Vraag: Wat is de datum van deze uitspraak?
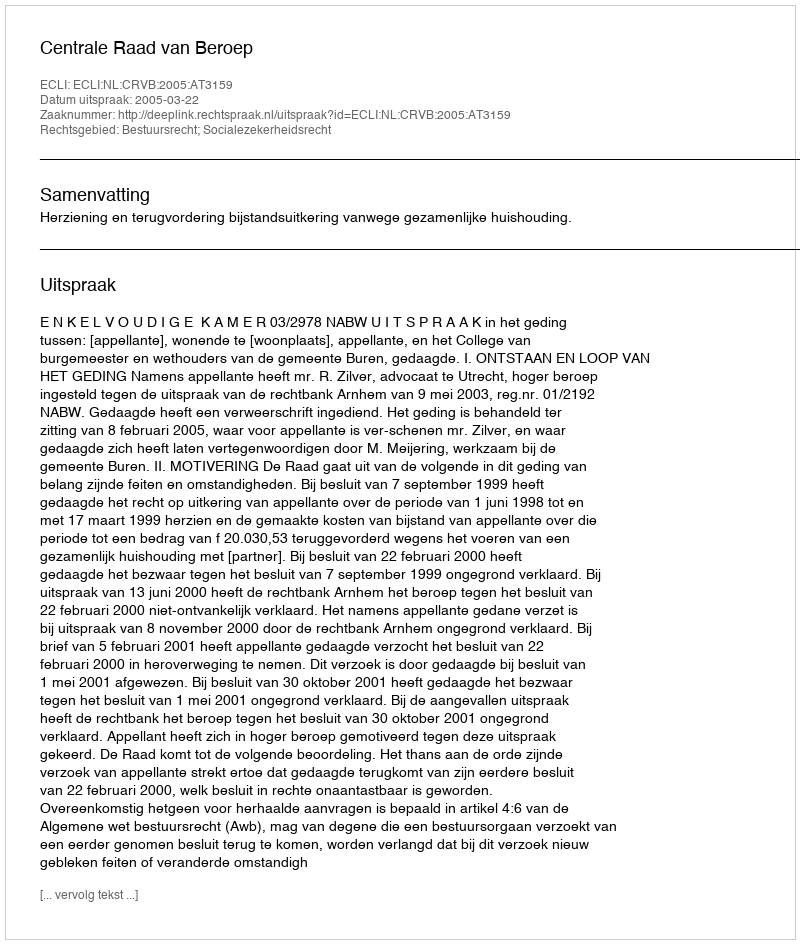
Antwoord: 2005-03-22